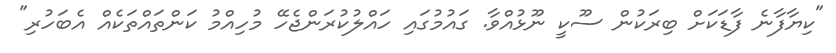
"ކިޔާފާނެ ފާޑަކަށް ބިރަކުން ސޫކީ ނޫޅުއްވާ. ގައުމުގައި ހައްލުކުރަންޖެހޭ މުހިއްމު ކަންތައްތަކެއް އެބަހުރި"